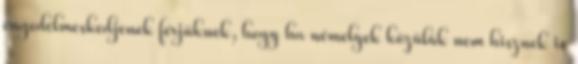
engedelmeskedjenek férjüknek, hogy ha némelyek közülük nem hisznek is